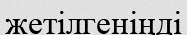
жетілгеніңді